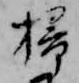
掃